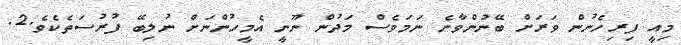
މިއީ ފިރިހެނުން ވަރަށް ބޭނުންވާނެ ނަމަވެސް މަދުން ނޫނީ އެމީހުންނަށް ނުލިބޭ ފުރުސަތެކެވެ.2.